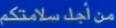
منْ أُجِدْ س